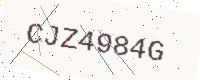
Text: CJZ4984G